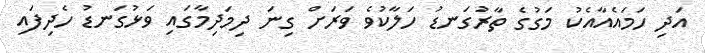
އަދި ހަމައެއާއެކު މަގުގެ ތާރުގަނޑު ހަލާކުވެ ވަރަށް ގިނަ ދިމަދިމާގައި ވަޅުގަނޑު ހެދިފައި